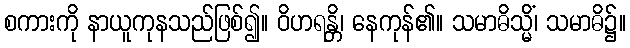
စကားကို နာယူကုနသည်ဖြစ်၍။ ဝိဟရန္တိ၊ နေကုန်၏။ သမာဓိသ္မိံ၊ သမာဓိ၌။